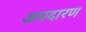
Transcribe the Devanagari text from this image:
अपदारण